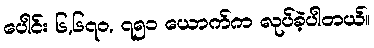
ပေါင်း ၆,၆၇၀, ၇၅၁ ယောက်က လုပ်ခဲ့ပါတယ်။